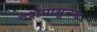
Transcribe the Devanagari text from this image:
दशेपासूनच